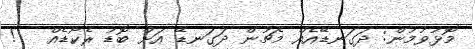
މޮޅުވުމުން: ދަގަނޑޭއެއް މެޗުން ދަގަނޑޭ އަށް ބޮޑު ރެކޯޑެއް   !